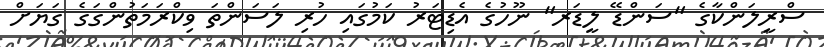
ސްރީލަންކާގެ "ސަންޑޭ ލީޑަރ" ނޫހުގެ އެޑިޓަރު ކަމުގައި ހުރި ލަސަންތަ ވިކްރަމަތުންގަގެ ގަޔަށް